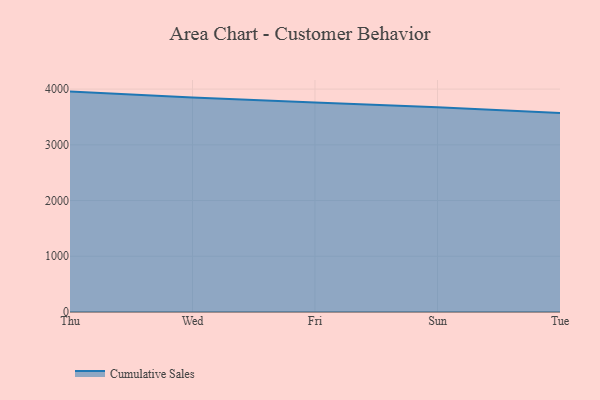
{"axis": {"x": "Day", "y": "Active Users"}, "legend": ["Cumulative Sales"], "data": [{"x": "Thu", "y": 3955.3, "type": "Cumulative Sales"}, {"x": "Wed", "y": 3847.7, "type": "Cumulative Sales"}, {"x": "Fri", "y": 3759.8, "type": "Cumulative Sales"}, {"x": "Sun", "y": 3673.7, "type": "Cumulative Sales"}, {"x": "Tue", "y": 3571.3, "type": "Cumulative Sales"}]}